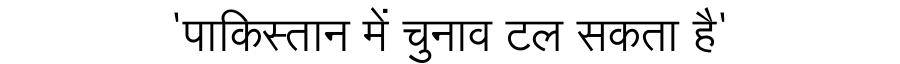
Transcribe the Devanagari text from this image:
'पाकिस्तान में चुनाव टल सकता है'